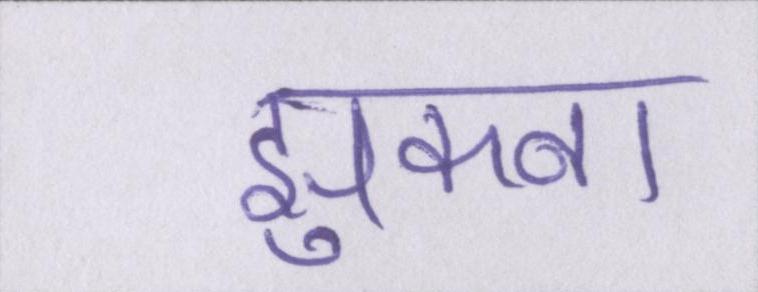
झुकना